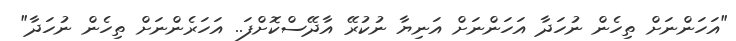
"އަހަންނަށް ތިހެން ނުހަދާ އަހަންނަށް އަނިޔާ ނުކުރޭ އާދޭސްކޮށްފަ.. އަހަރެންނަށް ތިހެން ނުހަދާ"